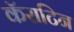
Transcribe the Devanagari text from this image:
कॅराटिन